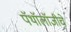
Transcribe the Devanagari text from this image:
पॅथॉलॉजीचे